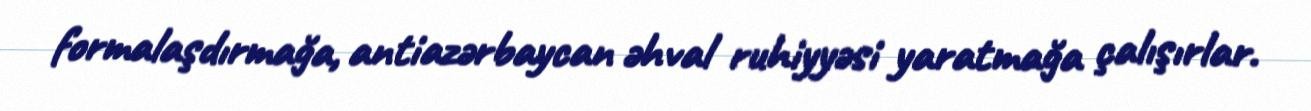
formalaşdırmağa, antiazərbaycan əhval ruhiyyəsi yaratmağa çalışırlar.